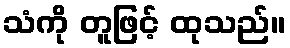
သံကို တူဖြင့် ထုသည်။